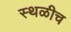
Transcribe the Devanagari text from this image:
स्थळीच